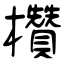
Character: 欑